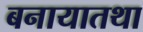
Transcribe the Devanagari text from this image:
बनायातथा